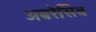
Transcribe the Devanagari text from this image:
अबरेसिव